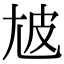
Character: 㝿